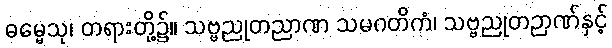
ဓမ္မေသု၊ တရားတို့၌။ သဗ္ဗညုတညာဏ သမဂတိကံ၊ သဗ္ဗညုတဉာဏ်နှင့်